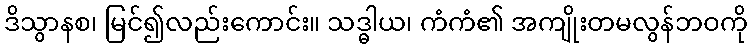
ဒိသွာနစ၊ မြင်၍လည်းကောင်း။ သဒ္ဓါယ၊ ကံကံ၏ အကျိုးတမလွန်ဘဝကို